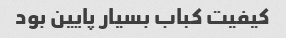
کیفیت کباب بسیار پایین بود